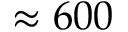
\approx 6 0 0